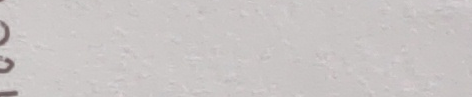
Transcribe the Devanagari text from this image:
१